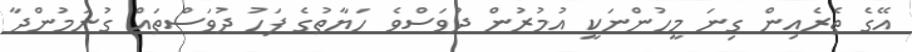
އޭގެ ތެރެއިން ގިނަ މީހުންނަކީ އުމުރުން ދުވަސްވެ ހަޔާތުގެ ފަހު ދުވަސްތައް ގުނަމުންދާ